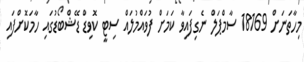
މިހާތަނަށް 18169 ސާމްޕަލް ނެގިފައިވާ ކަމަށް ފުވައްމުލައް ސިޓީ ކޮވިޑް ޑޭޝްބޯޑުގައި ހާމަކޮށްފައި